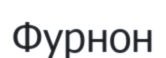
Фурнон